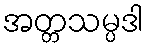
အတ္တသမ္ပဒါ